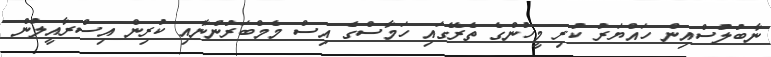
ނާބުލުސްއިން ހައްޔަރު ކުރި މީހުންގެ ތެރޭގައި ހަމާސްގެ އިސް މެމްބަރުންނާއި ކުރިން އިސްރާއީލުން